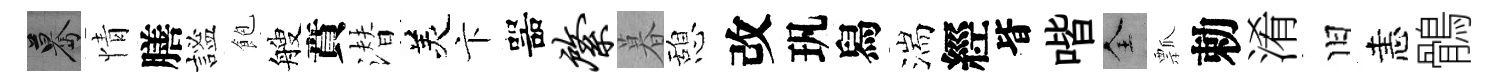
驀情膳謐飽艘賁潜羙卞噐綮暮憩改㺬舄湍經𣅜喈全瓢勅淆旧恚鶻